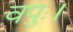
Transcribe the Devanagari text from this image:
वपुः।